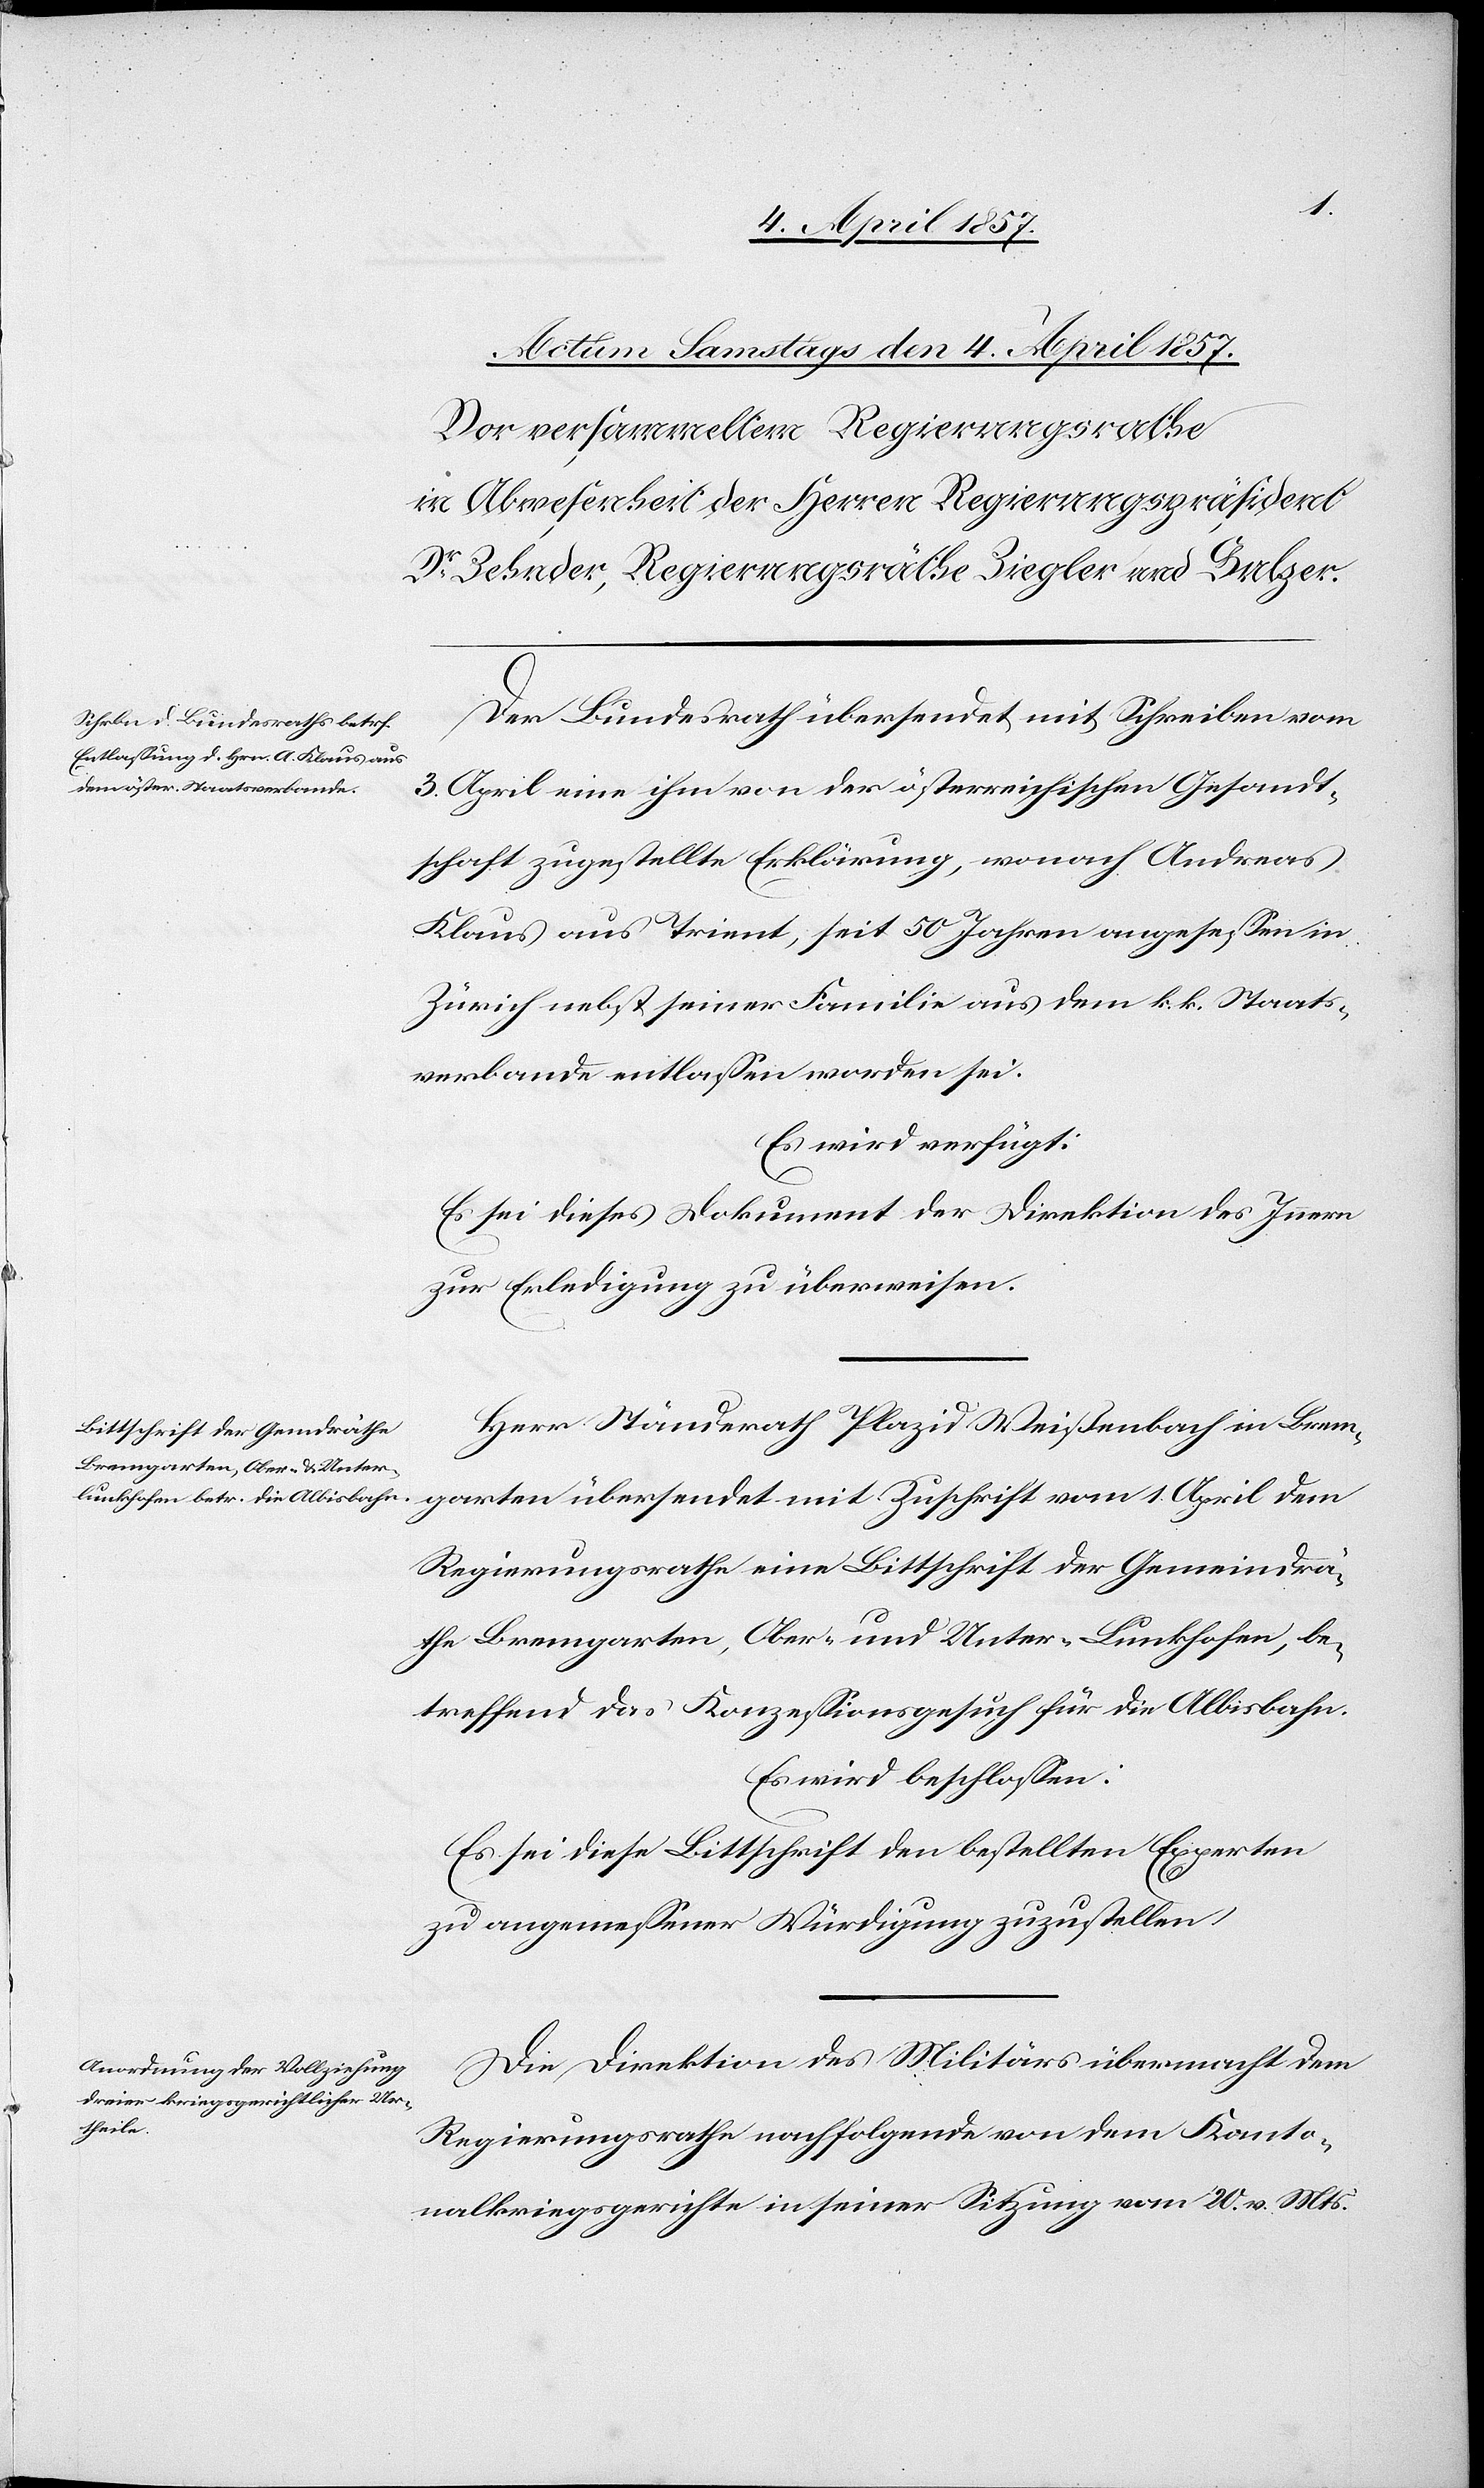
Der Bundesrath übersendet mit Schreiben vom
3. April eine ihm von der österreichischen Gesandt¬
schaft zugestellte Erklärung, wonach Andreas
Klaus aus Trient, seit 50 Jahren angesessen in
Zürich nebst seiner Familie aus dem k. k. Staats¬
verbande entlassen worden sei.
Es wird verfügt:
Es sei dieses Dokument der Direktion des Innern
zur Erledigung zu überweisen.
Herr Ständerath Plazid Weißenbach in Brem¬
garten übersendet mit Zuschrift vom 1. April dem
Regierungsrathe eine Bittschrift der Gemeindrä¬
the Bremgarten, Ober- und Unter-Lunkhofen, be¬
treffend das Konzessionsgesuch für die Albisbahn.
Es wird beschlossen:
Es sei diese Bittschrift den bestellten Experten
zu angemessener Würdigung zuzustellen.
Die Direktion des Militärs übermacht dem
Regierungsrathe nachfolgende von dem Kanto¬
nalkriegsgerichte in seiner Sitzung vom 20. v. Mts.